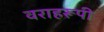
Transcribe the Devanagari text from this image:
वराहरूपी